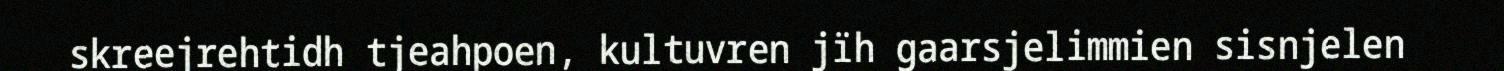
skreejrehtidh tjeahpoen, kultuvren jïh gaarsjelimmien sisnjelen